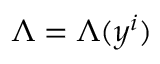
\Lambda = \Lambda ( y ^ { i } )